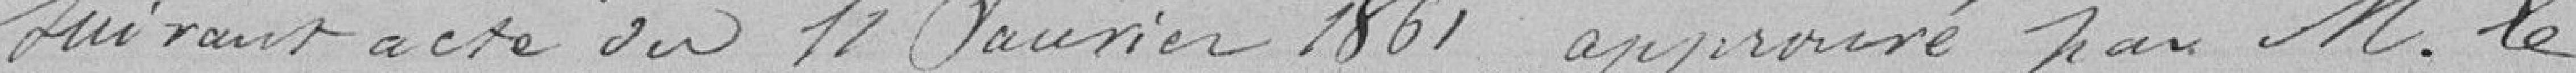
suivant acte du 11 Janvier, approuvé par Monsieur le